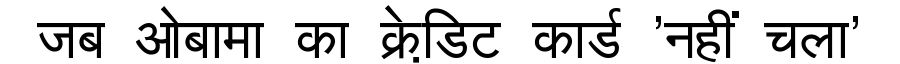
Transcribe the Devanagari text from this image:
जब ओबामा का क्रेडि़ट कार्ड 'नहीं चला'